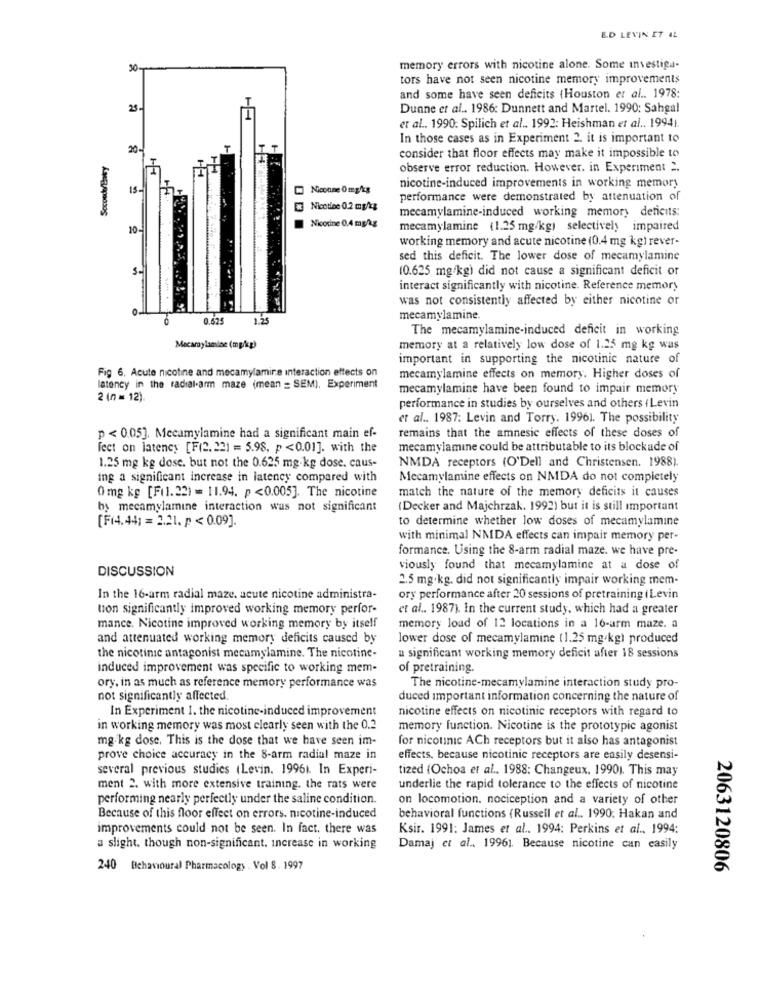
E.D LEVIN ET 42
memory errors with nicotine alone. Some investiga-
tors have not seen nicotine memory improvements
and some have seen deficits (Houston et al .. 1978:
25
Dunne et al .. 1986: Dunnett and Martel. 1990: Sahgal
et al. 1990: Spilich et al .. 1992: Heishman et al .. 19941.
In those cases as in Experiment 2. it is important to
Secondo/Bowy
consider that floor effects may make it impossible to
observe error reduction. However. in Experiment 2.
15-
Nicoune 0 mg/kg
nicotine-induced improvements in working memory
performance were demonstrated by attenuation of
& Nicotine 0.2 mg/g
mecamylamine-induced working memory deficits:
10-
Nicotine 0,4 mg/kg
mecamylamine (1.25 mg/kg) selectively impaired
working memory and acute nicotine (0.4 mg kg) rever-
sed this deficit. The lower dose of mecamylamine
(0.625 mg/kg) did not cause a significant deficit or
interact significantly with nicotine. Reference memory
was not consistently affected by either nicotine or
0.625
1.25
mecamylamine.
The mecamylamine-induced deficit in working
Mecarylamine (mg/kg)
memory at a relatively low dose of 1.25 mg kg was
important in supporting the nicotinic nature of
Fig 6. Acute nicotine and mecamylamine interaction effects on
mecamylamine effects on memory. Higher doses of
latency in the radial-arm maze (mean = SEM). Experiment
mecamylamine have been found to impair memory
2 (n = 12).
performance in studies by ourselves and others ( Levin
et al .. 1987: Levin and Torry. 19961. The possibility
p < 0.05]. Mecamylamine had a significant main ef-
remains that the amnesic effects of these doses of
feet on latency [F(2.221 = 5.98, p <0.01]. with the
mecamylamine could be attributable to its blockade of
1.25 mg kg dose. but not the 0.625 mg.kg dose. caus-
NMDA receptors (O'Dell and Christensen. 1988).
ing a significant increase in latency compared with
Mecamylamine effects on NMDA do not completely
Omg kg [F(1.22) = 11.94. p <0.005]. The nicotine
match the nature of the memory deficits it causes
by mecamylamine interaction was not significant
(Decker and Majchrzak. 1992) but it is still important
[F(4.441 = 2.21. p < 0.09].
to determine whether low doses of mecamylamine
with minimal NMDA effects can impair memory per-
formance. Using the 8-arm radial maze. we have pre-
DISCUSSION
viously found that mecamylamine at a dose of
2.5 mg.kg. did not significantly impair working mem-
In the 16-arm radial maze. acute nicotine administra-
ory performance after 20 sessions of pretraining (Levin
tion significantly improved working memory perfor-
et al .. 1987). In the current study, which had a greater
mance. Nicotine improved working memory by itself
memory load of 12 locations in a 16-arm maze. a
and attenuated working memory deficits caused by
lower dose of mecamylamine (1.25 mg/kg) produced
the nicotinic antagonist mecamylamine. The nicotine-
a significant working memory deficit after 18 sessions
induced improvement was specific to working mem-
of pretraining.
ory, in as much as reference memory performance was
The nicotine-mecamylamine interaction study pro-
not significantly affected.
duced important information concerning the nature of
In Experiment 1. the nicotine-induced improvement
nicotine effects on nicotinic receptors with regard to
in working memory was most clearly seen with the 0.2
memory function. Nicotine is the prototypic agonist
mg/kg dose, This is the dose that we have seen im-
for nicotinic ACh receptors but it also has antagonist
prove choice accuracy in the 8-arm radial maze in
effects, because nicotinic receptors are easily desensi-
several previous studies (Levin. 19961. In Experi-
tized (Ochoa et al .. 1988: Changeux. 1990). This may
ment 2. with more extensive training. the rats were
underlie the rapid tolerance to the effects of nicotine
performing nearly perfectly under the saline condition.
on locomotion. nociception and a variety of other
Because of this floor effect on errors. nicotine-induced
behavioral functions (Russell et al .. 1990. Hakan and
improvements could not be seen. In fact. there was
Ksir. 1991: James et al .. 1994: Perkins et al ., 1994:
a slight. though non-significant. increase in working
Damaj et al .. 19961. Because nicotine can easily
240 Behavioural Pharmacology . Vol 8. 1997
2063120806